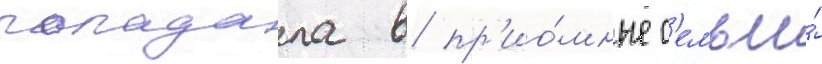
попадала в пр'ио́мные с'емьи́